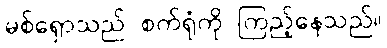
မစ်ရှောသည် စက်ရုံကို ကြည့်နေသည်။